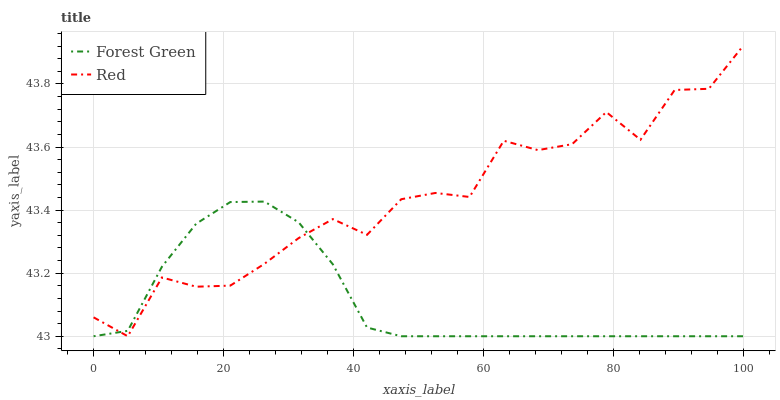
| xaxis_label | Forest Green | Red |
 | --- | --- | --- |
 | 0 | 43 | 43.1 |
 | 5.26 | 43 | 43 |
 | 10.5 | 43.2 | 43.2 |
 | 15.8 | 43.4 | 43.2 |
 | 21.1 | 43.4 | 43.2 |
 | 26.3 | 43.4 | 43.2 |
 | 31.6 | 43.4 | 43.3 |
 | 36.8 | 43.2 | 43.4 |
 | 42.1 | 43 | 43.3 |
 | 47.4 | 43 | 43.4 |
 | 52.6 | 43 | 43.5 |
 | 57.9 | 43 | 43.4 |
 | 63.2 | 43 | 43.6 |
 | 68.4 | 43 | 43.6 |
 | 73.7 | 43 | 43.6 |
 | 78.9 | 43 | 43.7 |
 | 84.2 | 43 | 43.6 |
 | 89.5 | 43 | 43.8 |
 | 94.7 | 43 | 43.8 |
 | 100 | 43 | 43.9 |